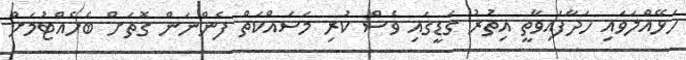
ހަޅޭއްލަވައި ހަދާފައިވާތީ އިތުރު ގަޑީގައި ވެސް ކުރި މަސައްކަތް ފެންނަން ގޮތަށް ބެހެއްޓުމަށް